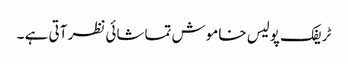
ٹریفک پولیس خاموش تماشائی نظر آتی ہے ۔